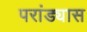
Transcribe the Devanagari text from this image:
परांड्यास